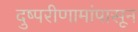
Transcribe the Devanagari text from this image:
दुष्परीणामांपासून